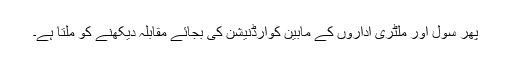
پھر سول اور ملٹری اداروں کے مابین کوآرڈنیشن کی بجائے مقابلہ دیکھنے کو ملتا ہے۔